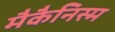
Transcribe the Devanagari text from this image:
मैकैनिस्म